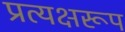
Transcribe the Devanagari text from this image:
प्रत्यक्षरूप